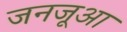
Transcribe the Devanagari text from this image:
जनजूआ